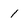
Character: 1